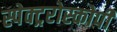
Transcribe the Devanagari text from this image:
स्पेक्ट्ररोस्कोपी